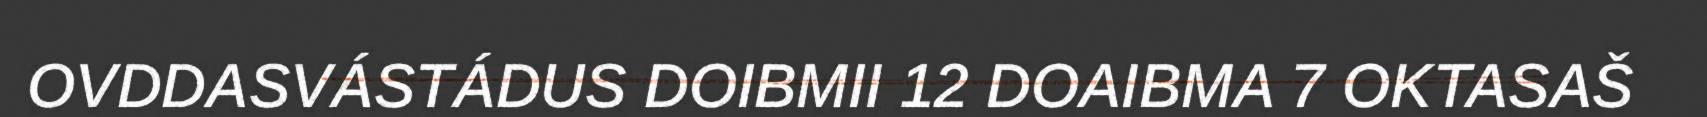
OVDDASVÁSTÁDUS DOIBMII 12 DOAIBMA 7 OKTASAŠ